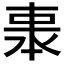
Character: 𠁱